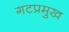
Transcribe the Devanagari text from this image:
गटप्रमुख